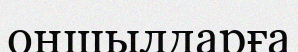
оңшылдарға